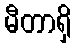
မီတာရှိ